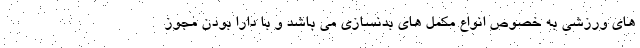
های ورزشی به خصوص انواع مکمل های بدنسازی می باشد و با دارا بودن مجوز